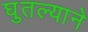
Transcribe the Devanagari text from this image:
घुतल्याने